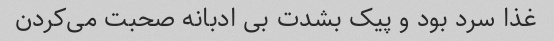
غذا سرد بود و پیک بشدت بی ادبانه صحبت می‌کردن